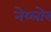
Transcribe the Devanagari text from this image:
नेय्लोर